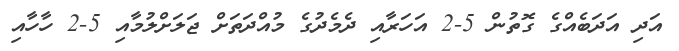
އަދި އަދަބެއްގެ ގޮތުން 5-2 އަހަރާއި ދެމެދުގެ މުއްދަތަށް ޖަލަށްލުމާއި 5-2 ހާހާއި